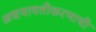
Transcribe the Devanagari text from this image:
अद्ययावतीकरणाची